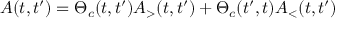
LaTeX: A ( t , t ^ { \prime } ) = \Theta _ { c } ( t , t ^ { \prime } ) A _ { > } ( t , t ^ { \prime } ) + \Theta _ { c } ( t ^ { \prime } , t ) A _ { < } ( t , t ^ { \prime } )